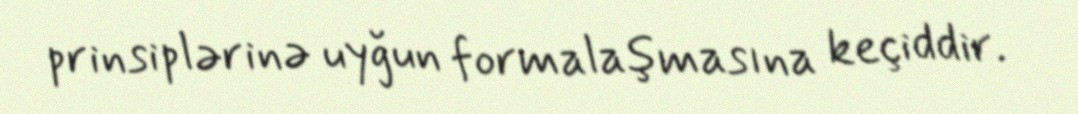
prinsiplərinə uyğun formalaşmasına keçiddir.